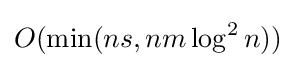
O(\min(ns,nm\log ^{2}n))